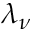
\lambda _ { \nu }